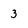
Character: 3